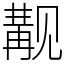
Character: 觏